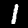
Label: 1